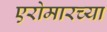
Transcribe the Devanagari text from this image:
एरोमारच्या